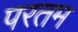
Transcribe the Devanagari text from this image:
परतम